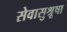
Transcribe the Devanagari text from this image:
सेवासुश्रूषा